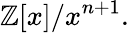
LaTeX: \mathbb{Z}[x]/x^{n+1}.